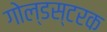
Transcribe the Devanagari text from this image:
गोल्डस्टरक